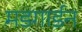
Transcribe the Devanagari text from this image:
मडगार्डन